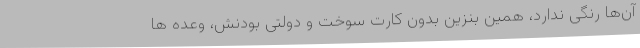
آن‌ها رنگی ندارد، همین بنزین بدون کارت سوخت و دولتی بودنش، وعده ها